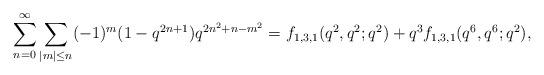
LaTeX: \begin{align*}\sum_{n=0}^{\infty}\sum_{|m|\leq n} (-1)^{m}(1-q^{2n+1})q^{2n^2+n-m^2} = f_{1,3,1}(q^2,q^2;q^2) + q^3f_{1,3,1}(q^6,q^6;q^2),\end{align*}